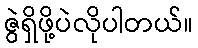
ဇွဲရှိဖို့ပဲလိုပါတယ်။